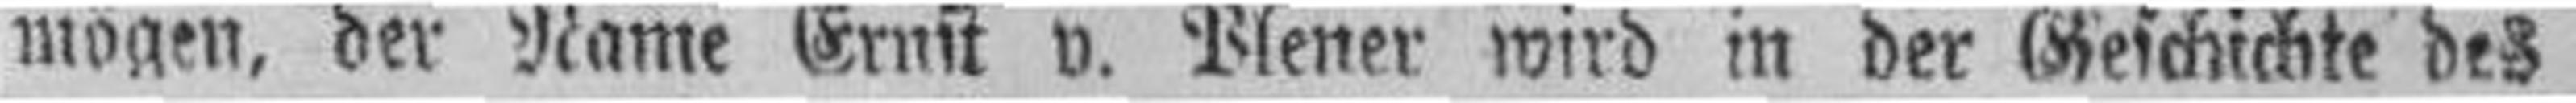
mögen, der Name Ernst v. Blener wird in der Geschichte des